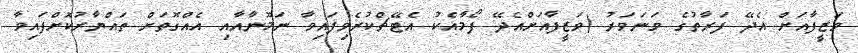
ވަޒީފާއަށް އެދޭ ފަރާތުގެ ވަނަވަރު (ވަޒީފާއަށްއެދޭ ފޯމާއެކު އެޓޭޗްކުރެވިފައިވާ ނަމޫނާއާއި އެއްގޮތަށް ތައްޔާރުކޮށްފައިވާ